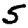
Digit: 5